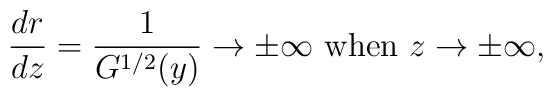
\frac{dr}{dz} = \frac{1}{G^{1/2}(y)} \to \pm \infty \mbox{ when } z\to \pm \infty,